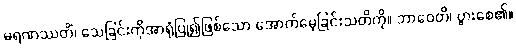
မရဏဿတိံ၊ သေခြင်းကိုအာရုံပြု၍ဖြစ်သော အောက်မေ့ခြင်းသတိကို။ ဘာဝေတိ၊ ပွားစေ၏။